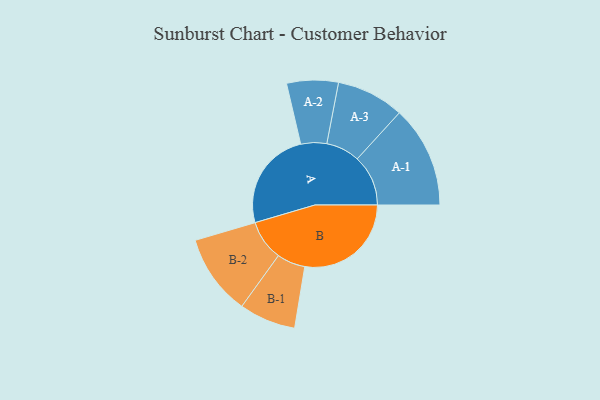
{"axis": {"x": "Segment", "y": "Value"}, "legend": ["", "A", "B"], "data": [{"x": "A", "y": 437, "type": ""}, {"x": "B", "y": 466, "type": ""}, {"x": "A-1", "y": 223, "type": "A"}, {"x": "A-2", "y": 113, "type": "A"}, {"x": "A-3", "y": 148, "type": "A"}, {"x": "B-1", "y": 124, "type": "B"}, {"x": "B-2", "y": 177, "type": "B"}]}